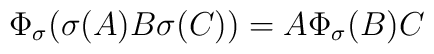
\Phi_\sigma(\sigma(A)B\sigma(C))=A\Phi_\sigma(B)C